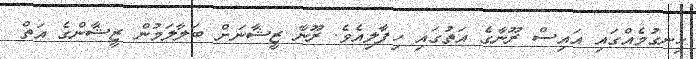
ހިނގުމެއްގައި އައިސް ރޫނާގެ އަތުގައި ހިފާލިއެވެ. ރޫނާ ޒީޝާނަށް ބަލާލަމުން ޒީޝާންގެ އަތް